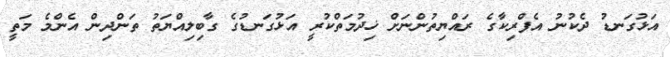
އަޅުގަނޑު ދެކުނު އެފްރިކާގެ ރައްޔިތުންނަށް ޚިދުމަތްކުރީ އަޅުގަނޑުގެ ގާބިލިއްޔަތު ތަންދިން އެންމެ މަތީ